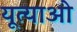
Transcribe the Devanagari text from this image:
यूत्याओ